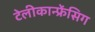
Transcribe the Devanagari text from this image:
टेलीकान्फ्रेंसिग